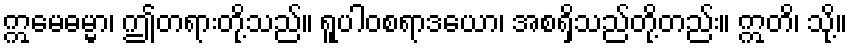
ဣမေဓမ္မာ၊ ဤတရားတို့သည်။ ရူပါဝစရာဒယော၊ အစရှိသည်တို့တည်း။ ဣတိ၊ သို့။